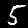
Label: 5